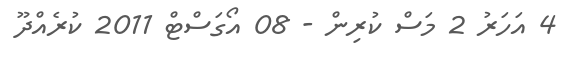
4 އަހަރު 2 މަސް ކުރިން - 08 އޯގަސްޓް 2011 ކުރެއްދޫ